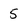
Character: 5